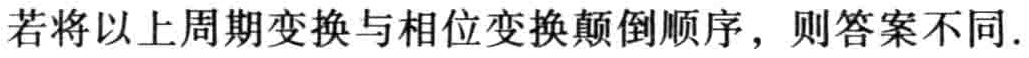
若将以上周期变换与相位变换颠倒顺序，则答案不同.